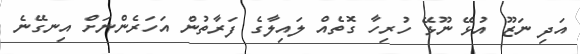
އަދި ނަޒޫ އުޅޭ ނޫޅޭ ހުރިހާ ގޮތެއް ލައިލާގެ ފަރާތުން އަހަރެންނަށް އިނގޭނެ